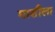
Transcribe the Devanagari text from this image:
माशीला